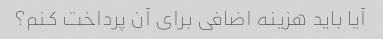
آیا باید هزینه اضافی برای آن پرداخت کنم؟